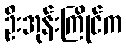
ဦးအုန်းကြိုင်က